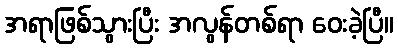
အရာဖြစ်သွားပြီး အလွန်တစ်ရာ ဝေးခဲ့ပြီ။